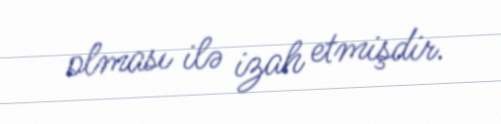
olması ilə izah etmişdir.